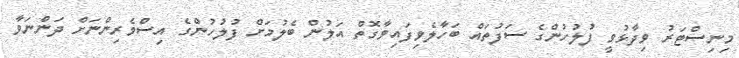
މިނިސްޓަރު ވިދާޅުވީ ފުލުހުންގެ ސަފުތައް ބަހާލެވިފައިވާގޮތް އަލުން ބެލުމަށް ފުލުހުންގެ އިސްވެރިންނަށް ދަންނަވާ